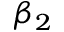
\beta _ { 2 }